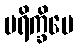
ပရိက္ခိပေ